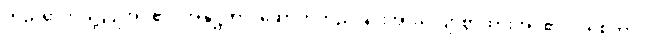
တည်ရာကဲ့သို့ပြုအပ်၏။ အနုဋ္ဌိတာ၊ ဆောက်တည်ခြင်းအားလျော်စွာထားအပ်၏။ ပရိစိတာ၊